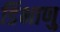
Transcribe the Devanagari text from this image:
डिंभाणु